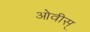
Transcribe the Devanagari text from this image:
ओवीस्